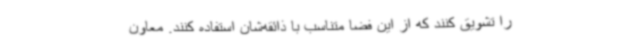
را تشویق کنند که از این فضا متناسب با ذائقه‌شان استفاده کنند. معاون